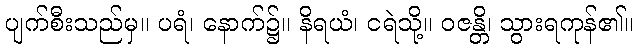
ပျက်စီးသည်မှ။ ပရံ၊ နောက်၌။ နိရယံ၊ ငရဲသို့။ ဝဇန္တိ၊ သွားရကုန်၏။